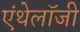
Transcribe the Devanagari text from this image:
एंथेलॉजी